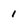
Character: 1